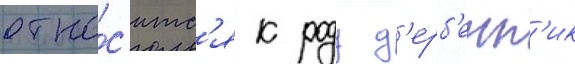
отно́с'итс'я к роду д'ерб'енн'ик